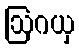
ဩဂယှ